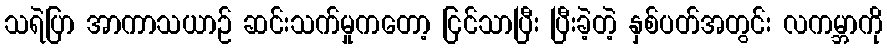
သရဲပြာ အာကာသယာဉ် ဆင်းသက်မှုကတော့ ငြင်သာပြီး ပြီးခဲ့တဲ့ နှစ်ပတ်အတွင်း လကမ္ဘာကို